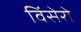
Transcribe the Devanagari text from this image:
विंसेरो